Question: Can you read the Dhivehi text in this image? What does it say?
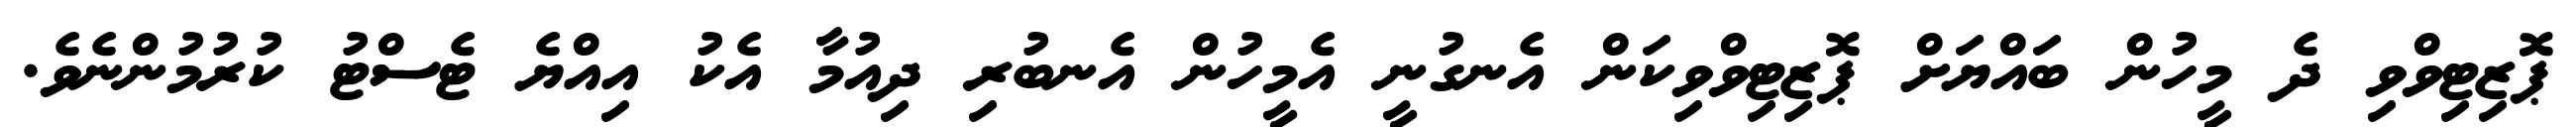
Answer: ޕޮޒިޓިވްވި ދެ މީހުން ބައްޔަށް ޕޮޒިޓިވްވިކަން އެނގުނީ އެމީހުން އެނބުރި ދިއުމާ އެކު އިއްޔެ ޓެސްޓު ކުރުމުންނެވެ.